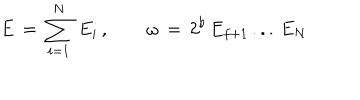
E \, = \, \sum _ { i = 1 } ^ { N } \, E _ { i } \, , \qquad \omega \, = \, 2 ^ { b } \, E _ { f + 1 } \, . . . \, E _ { N }